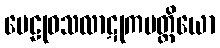
ဗေဠုဝသလာဋုကမတ္တိယော